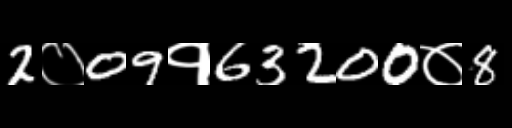
Text: 2०09१63200०8